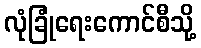
လုံခြုံရေးကောင်စီသို့